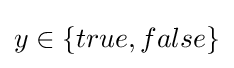
y\in \{true,false\}